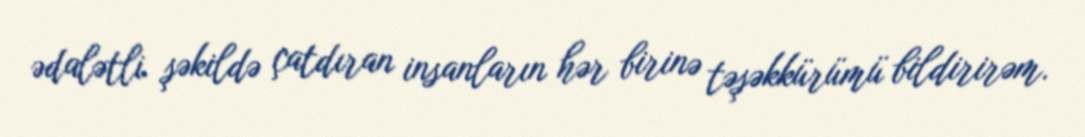
ədalətli şəkildə çatdıran insanların hər birinə təşəkkürümü bildirirəm.